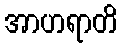
အာဟရာတိ